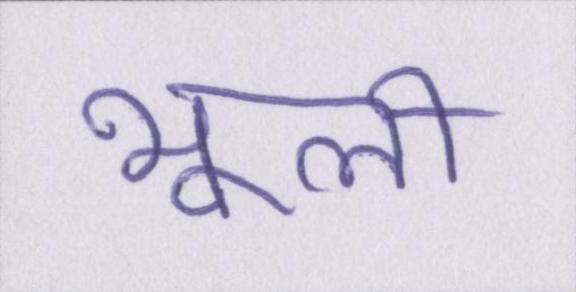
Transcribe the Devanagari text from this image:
भूली